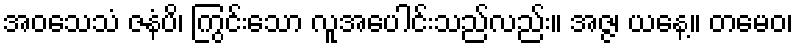
အဝသေသံ ဇနံပိ၊ ကြွင်းသော လူအပေါင်းသည်လည်း။ အဇ္ဇ၊ ယနေ့။ တမေဝ၊